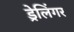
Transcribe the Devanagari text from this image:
ड्रेलिंगर